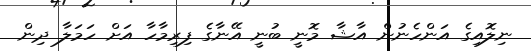
ނިލޮއިގެ އަންހެނުން އާޝާ މޮނީ ބުނީ އޭނާގެ ފިރިމާހާ އަށް ހަމަލާ ދިން